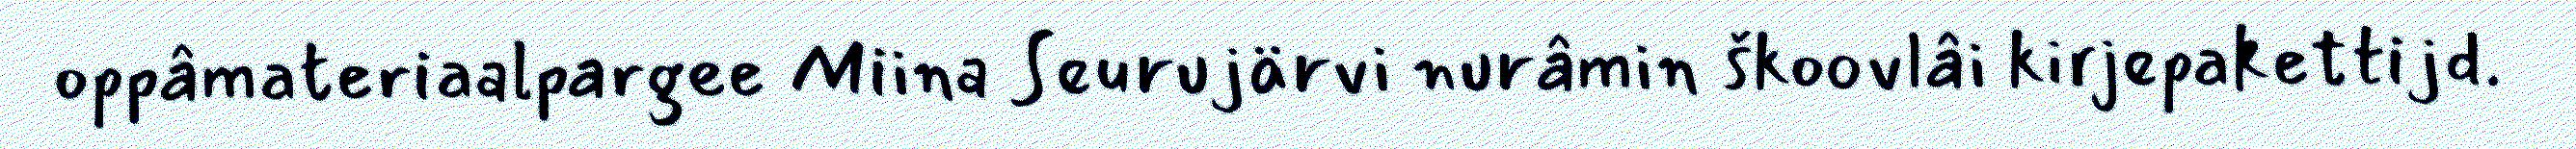
oppâmateriaalpargee Miina Seurujärvi nurâmin škoovlâi kirjepakettijd.